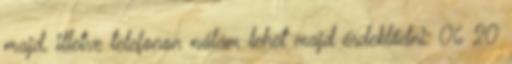
majd, illetve telefonon nálam lehet majd érdeklődni: 06 20